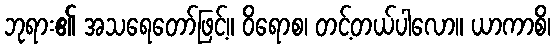
ဘုရား၏ အသရေတော်ဖြင့်။ ဝိရောစ၊ တင့်တယ်ပါလော။ ယာကာစိ၊